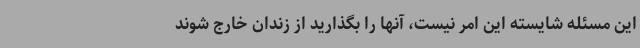
این مسئله شایسته این امر نیست، آنها را بگذارید از زندان خارج شوند